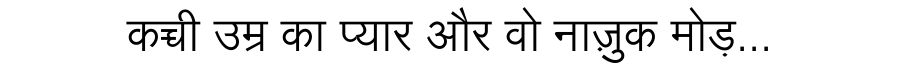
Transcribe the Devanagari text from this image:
कच्ची उम्र का प्यार और वो नाज़ुक मोड़...